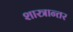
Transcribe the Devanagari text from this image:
शास्त्रान्तर